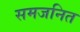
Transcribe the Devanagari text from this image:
समजनित